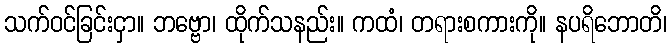
သက်ဝင်ခြင်းငှာ။ ဘဗ္ဗော၊ ထိုက်သနည်း။ ကထံ၊ တရားစကားကို။ နပရိဘောတိ၊